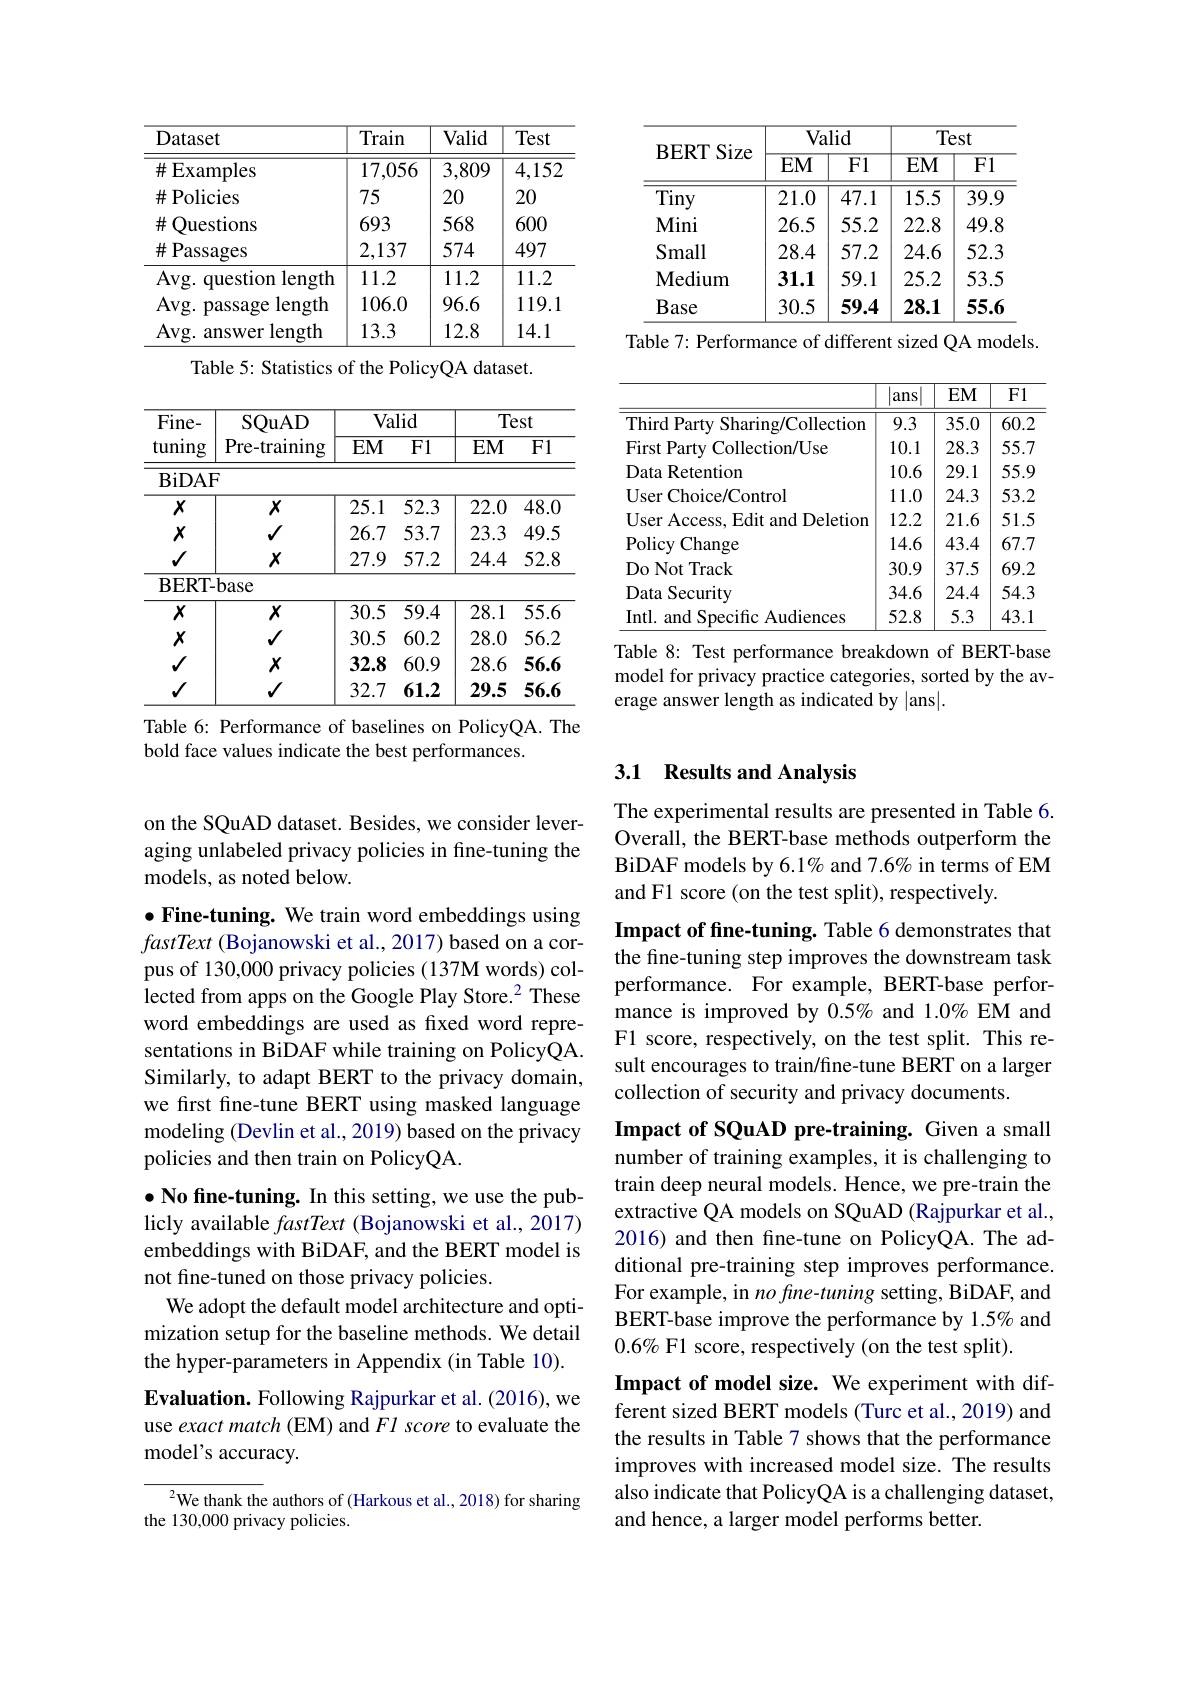
<table>
	<tbody>
		<tr>
			<th>Dataset</th>
			<th>Train</th>
			<th>Valid</th>
			<th>Test</th>
		</tr>
		<tr>
			<td>$\#$Examples</td>
			<td>17,056</td>
			<td>3,809</td>
			<td>4,152</td>
		</tr>
		<tr>
			<td>$\#$Policies</td>
			<td>75</td>
			<td>20</td>
			<td>20</td>
		</tr>
		<tr>
			<td>$\#$ Questions</td>
			<td>693</td>
			<td>568</td>
			<td>600</td>
		</tr>
		<tr>
			<td>$\#$Passages</td>
			<td>2,137</td>
			<td>574</td>
			<td>497</td>
		</tr>
		<tr>
			<td>Avg. question length</td>
			<td>11.2</td>
			<td>11.2</td>
			<td>11.2</td>
		</tr>
		<tr>
			<td>$Avg.I$ length passage</td>
			<td>106.0</td>
			<td>96.6</td>
			<td>119.1</td>
		</tr>
		<tr>
			<td>Avg. answer length</td>
			<td>13.3</td>
			<td>12.8</td>
			<td>14.1</td>
		</tr>
	</tbody>
</table>
Table 5: Statistics of the PolicyQA dataset.

<table>
	<tbody>
		<tr>
			<th rowspan="2">Fine- tuning</th>
			<th rowspan="2">SQuAD Pre- training</th>
			<th>$\overline{Va}$</th>
			<th>alid</th>
			<th>$T\epsilon$</th>
			<th>$2St$</th>
		</tr>
		<tr>
			<th>$EM$</th>
			<th>$\overline{\mathrm{F1}}$</th>
			<th>$EM$</th>
			<th>$\overline{\mathrm{F1}}$</th>
		</tr>
		<tr>
			<td>BiDAE</td>
			<td>4</td>
			<td> </td>
			<td> </td>
			<td> </td>
			<td> </td>
		</tr>
		<tr>
			<td>$X$</td>
			<td>$X$</td>
			<td>25.1</td>
			<td>52.3</td>
			<td>22.0</td>
			<td>48.0</td>
		</tr>
		<tr>
			<td>$X$</td>
			<td>$√$</td>
			<td>26.7</td>
			<td>53.7</td>
			<td>23.3</td>
			<td>49.5</td>
		</tr>
		<tr>
			<td>$√$</td>
			<td>$X$</td>
			<td>27.9</td>
			<td>57.2</td>
			<td>24.4</td>
			<td>52.8</td>
		</tr>
		<tr>
			<td>$\mathbf{BERT-}$</td>
			<td>base</td>
			<td> </td>
			<td> </td>
			<td> </td>
			<td> </td>
		</tr>
		<tr>
			<td>$\overline{X}$</td>
			<td>$X$</td>
			<td>30.5</td>
			<td>59.4</td>
			<td>28.1</td>
			<td>55.6</td>
		</tr>
		<tr>
			<td>$X$</td>
			<td>$√$</td>
			<td>30.5</td>
			<td>60.2</td>
			<td>28.0</td>
			<td>56.2</td>
		</tr>
		<tr>
			<td>$√$</td>
			<td>$X$</td>
			<td>32.8</td>
			<td>60.9</td>
			<td>28.6</td>
			<td>56.6</td>
		</tr>
		<tr>
			<td>$\checkmark$</td>
			<td>$√$</td>
			<td>32.7</td>
			<td>61.2</td>
			<td>29.5</td>
			<td>56.6</td>
		</tr>
	</tbody>
</table>
Table 6: Performance of baselines on PolicyQA. The

bold face values indicate the best performances.

on the SQuAD dataset. Besides, we consider leveraging unlabeled privacy policies in fine-tuning the models, as noted below.

$\bullet$ Fine-tuning. We train word embeddings using $fastText~($Bojanowski et al., 2017) based on a corpus of 130,000 privacy policies (137M words) collected from apps on the Google Play Store.$^2$ These word embeddings are used as fixed word representations in BiDAF while training on PolicyQA. Similarly, to adapt BERT to the privacy domain, we first fine-tune BERT using masked language modeling (Devlin et al., 2019) based on the privacy policies and then train on PolicyQA.

$\bullet$ No fine-tuning. In this setting, we use the publicly available fastText (Bojanowski et al., 2017) embeddings with BiDAF, and the BERT model is not fine-tuned on those privacy policies.
We adopt the default model architecture and optimization setup for the baseline methods. We detail the hyper-parameters in Appendix (in Table 10). $\textbf{Evaluation. Following Rajpurkar et al. ( 2016) , we}$ use exact match (EM) and Fl score to evaluate the model's accuracy.
$^2$We thank the authors of (Harkous et al., 2018) for sharing

the 130,000 privacy policies.

<table>
	<tbody>
		<tr>
			<th rowspan="2">$\mathbf{BERT}$ Size</th>
			<th colspan="2">Valid</th>
			<th colspan="2">Test</th>
		</tr>
		<tr>
			<th>$EM$</th>
			<th>$\overline{\mathrm{F1}}$</th>
			<th>$EM$</th>
			<th>$\overline{\mathrm{F1}}$</th>
		</tr>
		<tr>
			<td>Tiny</td>
			<td>21.0</td>
			<td>47.1</td>
			<td>15.5</td>
			<td>39.9</td>
		</tr>
		<tr>
			<td>Mini</td>
			<td>26.5</td>
			<td>55.2</td>
			<td>22.8</td>
			<td>49.8</td>
		</tr>
		<tr>
			<td>Small</td>
			<td>28.4</td>
			<td>57.2</td>
			<td>24.6</td>
			<td>52.3</td>
		</tr>
		<tr>
			<td>Medium</td>
			<td>31.1</td>
			<td>59.1</td>
			<td>25.2</td>
			<td>53.5</td>
		</tr>
		<tr>
			<td>Base</td>
			<td>30.5</td>
			<td>59.4</td>
			<td>28.1</td>
			<td>55.6</td>
		</tr>
	</tbody>
</table>

Table 7: Performance of different sized QA models.

<table>
	<tbody>
		<tr>
			<th> </th>
			<th>ans - r 1 </th>
			<th>$EM$</th>
			<th>F1</th>
		</tr>
		<tr>
			<td>Third Party Sharing/Collection</td>
			<td>9.3</td>
			<td>35.0</td>
			<td>60.2</td>
		</tr>
		<tr>
			<td>First Party Collection/Use</td>
			<td>10.1</td>
			<td>28.3</td>
			<td>55.7</td>
		</tr>
		<tr>
			<td>Data Retention</td>
			<td>10.6</td>
			<td>29.1</td>
			<td>55.9</td>
		</tr>
		<tr>
			<td>User Choice/ Control</td>
			<td>11.0</td>
			<td>24.3</td>
			<td>53.2</td>
		</tr>
		<tr>
			<td>User Access, Edit and Deletion</td>
			<td>12.2</td>
			<td>21.6</td>
			<td>51.5</td>
		</tr>
		<tr>
			<td>Policy $\iota$ Change</td>
			<td>14.6</td>
			<td>43.4</td>
			<td>67.7</td>
		</tr>
		<tr>
			<td>$\operatorname{Do}\operatorname{Not}\operatorname{Track}$</td>
			<td>30.9</td>
			<td>37.5</td>
			<td>69.2</td>
		</tr>
		<tr>
			<td>Data Security</td>
			<td>34.6</td>
			<td>24.4</td>
			<td>54.3</td>
		</tr>
		<tr>
			<td>Intl. and Specific Audiences</td>
			<td>52.8</td>
			<td>5.3</td>
			<td>43.1</td>
		</tr>
	</tbody>
</table>
Table 8: Test performance breakdown of BERT-base

model for privacy practice categories, sorted by the av-
erage answer length as indicated by |ans|.

### 3.1 Results and Analysis

The experimental results are presented in Table 6. Overall, the BERT-base methods outperform the BiDAF models by 6.1% and 7.6% in terms of EM and F1 score (on the test split), respectively.

Impact of fine-tuning. Table 6 demonstrates that the fine-tuning step improves the downstream task performance. For example, BERT-base performance is improved by 0.5% and 1.0% EM and F1 score, respectively, on the test split. This result encourages to train/fine-tune BERT on a larger collection of security and privacy documents.

Impact of SQuAD pre-training. Given a small number of training examples, it is challenging to train deep neural models. Hence, we pre-train the extractive QA models on SQuAD (Rajpurkar et al., 2016) and then fine-tune on PolicyQA. The additional pre-training step improves performance. For example, in no fine-tuning setting, BiDAF, and BERT-base improve the performance by 1.5% and $0.6\%$ F1 score, respectively (on the test split).
Impact of model size. We experiment with different sized BERT models (Turc et al., 2019) and the results in Table 7 shows that the performance improves with increased model size. The results also indicate that PolicyQA is a challenging dataset, and hence, a larger model performs better.